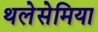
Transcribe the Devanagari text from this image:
थलेसेमिया